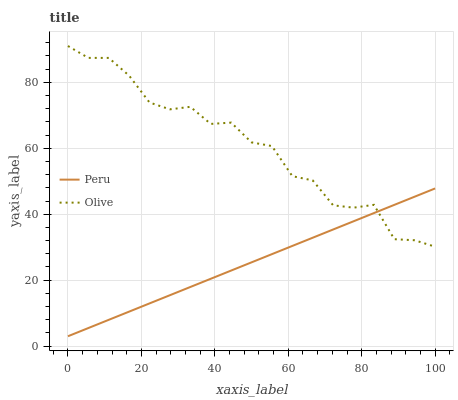
| xaxis_label | Peru | Olive |
 | --- | --- | --- |
 | 0 | 3 | 91 |
 | 5.56 | 5.49 | 87.4 |
 | 11.1 | 7.98 | 87.4 |
 | 16.7 | 10.5 | 82 |
 | 22.2 | 13 | 73.9 |
 | 27.8 | 15.4 | 71.8 |
 | 33.3 | 17.9 | 72.6 |
 | 38.9 | 20.4 | 67.4 |
 | 44.4 | 22.9 | 67.8 |
 | 50 | 25.4 | 61.8 |
 | 55.6 | 27.9 | 60.7 |
 | 61.1 | 30.4 | 51.5 |
 | 66.7 | 32.9 | 50.2 |
 | 72.2 | 35.4 | 42.7 |
 | 77.8 | 37.9 | 42 |
 | 83.3 | 40.3 | 42.8 |
 | 88.9 | 42.8 | 32.4 |
 | 94.4 | 45.3 | 32.1 |
 | 100 | 47.8 | 30.1 |